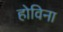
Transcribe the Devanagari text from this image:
होविना